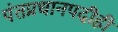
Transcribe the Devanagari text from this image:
पंतप्रधानपदीही